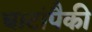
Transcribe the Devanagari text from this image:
घाटांपैकी